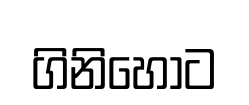
ගිනිහොට